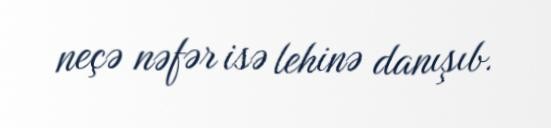
neçə nəfər isə lehinə danışıb.